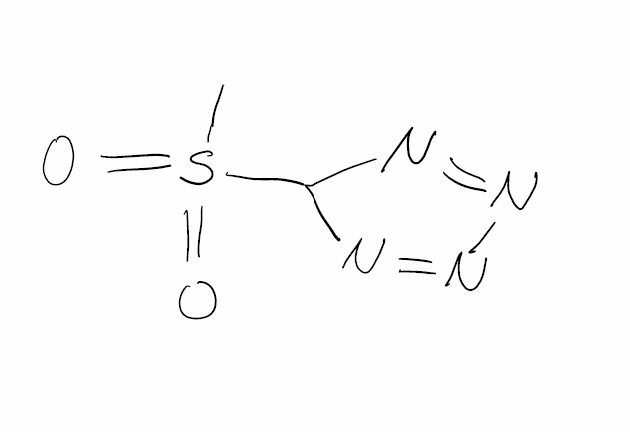
Simplified molecular-input line-entry system (SMILES) notation of the given molecule:
CS(=O)(=O)C1N=NN=N1